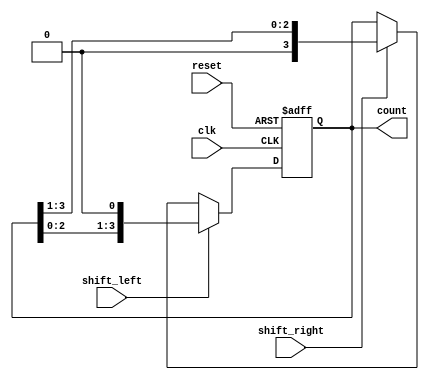
module async_shift_counter (
    input wire clk,         // Clock signal
    input wire reset,       // Asynchronous reset signal
    input wire shift_left,  // Control signal to shift left
    input wire shift_right, // Control signal to shift right
    output reg [3:0] count  // 4-bit output for the count value
);

// Asynchronous reset and initial count value
always @(posedge clk or posedge reset) begin
    if (reset) begin
        count <= 4'b0000; // Reset to 0
    end else if (shift_left) begin
        count <= {count[2:0], 1'b0}; // Shift left and insert 0 at LSB
    end else if (shift_right) begin
        count <= {1'b0, count[3:1]}; // Shift right and insert 0 at MSB
    end
end

endmodule